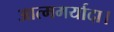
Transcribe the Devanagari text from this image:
आत्ममर्यादा।